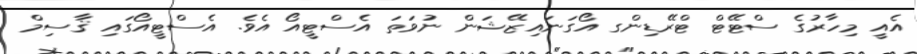
އެއީ މިހާރުގެ ސްޓޭޓް ޓްރޭޑިންގ އޯގަނައިޒޭޝަން ނުވަތަ އެސްޓީއޯ އެވެ. އެސްޓީއޯގައި ޤާސިމް